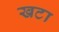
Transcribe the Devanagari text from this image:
खटा